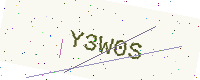
Text: Y3W0S